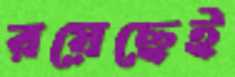
রয়েছেই